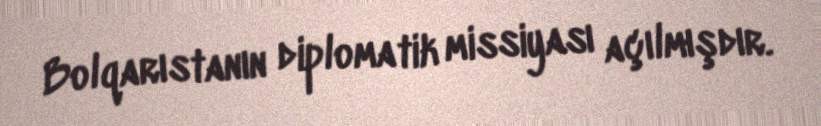
Bolqarıstanın diplomatik missiyası açılmışdır.